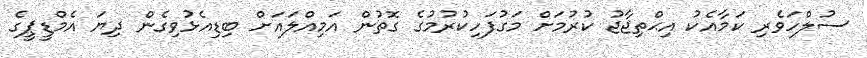
ސުލްހަވެރި ކަމާއެކު އިޙްތިޖާޖު ކުރުމަށް މަގުފަހިކުރުމުގެ ގޮތުން އަމިއްލައަށް ބިޑިއެޅުވިގެން ދިޔަ އެމްޑީޕީގެ